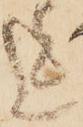
迄